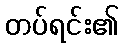
တပ်ရင်း၏